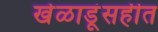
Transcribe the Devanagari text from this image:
खेळाडूंसहीत